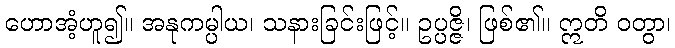
ဟောအံ့ဟူ၍။ အနုကမ္ပါယ၊ သနားခြင်းဖြင့်။ ဥပ္ပဇ္ဇိ၊ ဖြစ်၏။ ဣတိ ဝတွာ၊